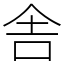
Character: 舎